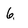
Character: 6